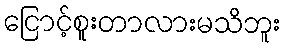
ငြောင့်စူးတာလားမသိဘူး